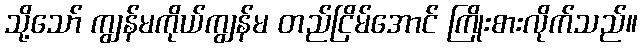
သို့သော် ကျွန်မကိုယ်ကျွန်မ တည်ငြိမ်အောင် ကြိုးစားလိုက်သည်။